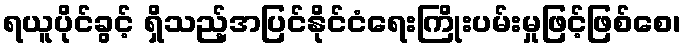
ရယူပိုင်ခွင့် ရှိသည့်အပြင်နိုင်ငံရေးကြိုးပမ်းမှုဖြင့်ဖြစ်စေ၊